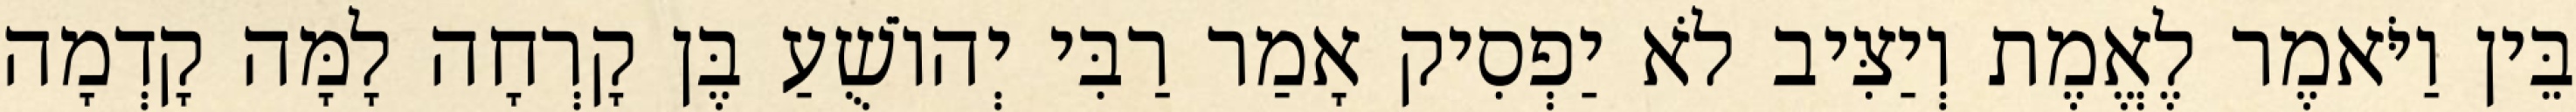
בֵּין וַיֹּאמֶר לֶאֱמֶת וְיַצִּיב לֹא יַפְסִיק אָמַר רַבִּי יְהוֹשֻׁעַ בֶּן קָרְחָה לָמָּה קָדְמָה